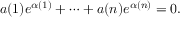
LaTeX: a ( 1 ) e ^ { \alpha ( 1 ) } + \cdots + a ( n ) e ^ { \alpha ( n ) } = 0 .